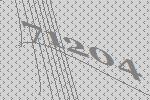
71204